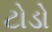
ટોડો